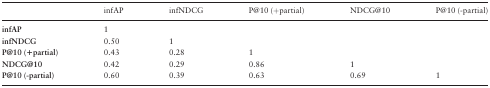
<table><thead><tr><td></td><td><b>infAP</b></td><td><b>infNDCG</b></td><td><b>P@10 (+partial)</b></td><td><b>NDCG@10</b></td><td><b>P@10 (-partial)</b></td></tr></thead><tbody><tr><td><b>infAP</b></td><td>1</td><td></td><td></td><td></td><td></td></tr><tr><td><b>infNDCG</b></td><td>0.50</td><td>1</td><td></td><td></td><td></td></tr><tr><td><b>P@10 (+partial)</b></td><td>0.43</td><td>0.28</td><td>1</td><td></td><td></td></tr><tr><td><b>NDCG@10</b></td><td>0.42</td><td>0.29</td><td>0.86</td><td>1</td><td></td></tr><tr><td><b>P@10 (-partial)</b></td><td>0.60</td><td>0.39</td><td>0.63</td><td>0.69</td><td>1</td></tr></tbody></table>